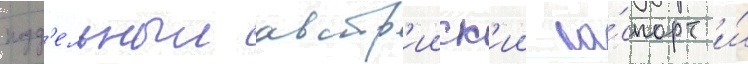
подд'ельныи австр'ииск'ии па́спорт и́